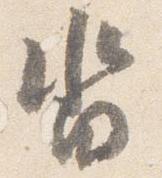
沓